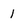
Character: 1